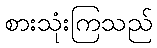
စားသုံးကြသည်